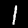
Digit: 1